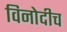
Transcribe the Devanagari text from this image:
विनोदीच